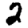
Digit: 2